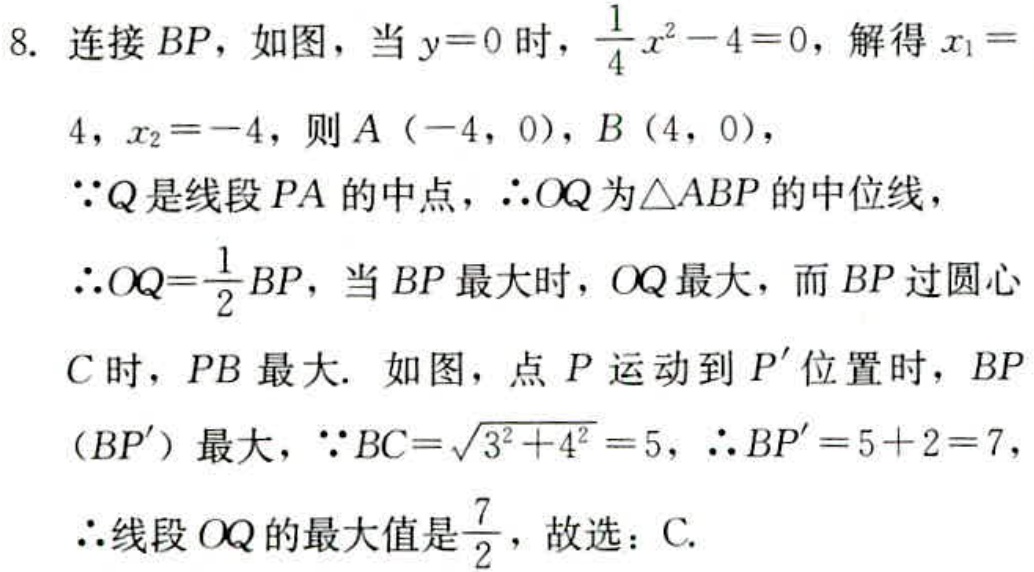
8. 连接 \(BP\)，如图，当 \(y = 0\) 时，\(\frac{1}{4}x^{2}-4 = 0\)，解得 \(x_{1}=4\)，\(x_{2}=-4\)，则 \(A(-4,0)\)，\(B(4,0)\)，
\(\because Q\) 是线段 \(PA\) 的中点，\(\therefore OQ\) 为 \(\triangle ABP\) 的中位线，
\(\therefore OQ=\frac{1}{2}BP\)，当 \(BP\) 最大时，\(OQ\) 最大，而 \(BP\) 过圆心
\(C\) 时，\(PB\) 最大. 如图，点 \(P\) 运动到 \(P'\) 位置时，\(BP\)
\((BP')\) 最大，\(\because BC = \sqrt{3^{2}+4^{2}} = 5\)，\(\therefore BP'=5 + 2 = 7\)
\(\therefore\) 线段 \(OQ\) 的最大值是 \(\frac{7}{2}\)，故选：C.